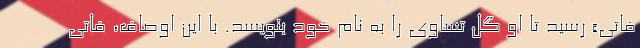
فاتی»‌ رسید تا او گل تساوی را به نام خود بنویسد. با این اوصاف، فاتی